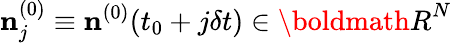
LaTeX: {\mathbf n}_{j}^{(0)}\equiv{\mathbf n}^{(0)}(t_{0}+j\delta t)\in{\boldmath R}^{N}